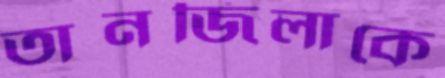
তানজিলাকে